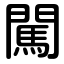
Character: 闖